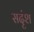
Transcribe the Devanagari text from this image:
सदृंश